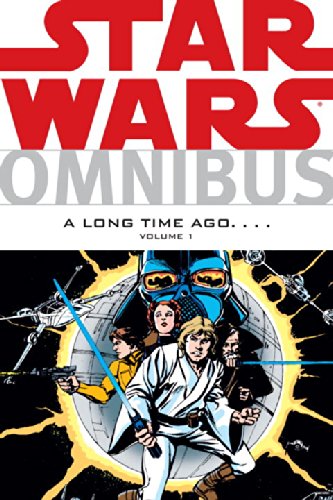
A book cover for Star Wars Omnibus: A Long Time Ago... Vol. 1; Roy Thomas; Teen & Young Adult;